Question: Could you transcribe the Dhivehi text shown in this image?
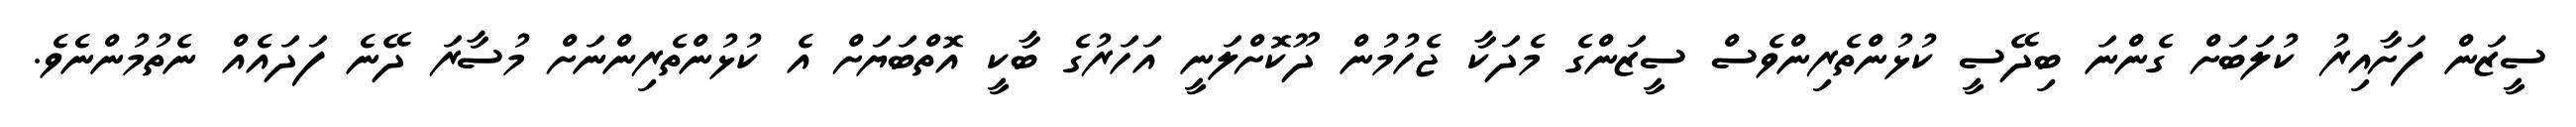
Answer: ސީޒަން ފަށާއިރު ކުލަބަށް ގެންނަ ބިދޭސީ ކުޅުންތެރިންވެސް ސީޒަންގެ މެދަކާ ޖެހުމުން ދޫކޮށްލަނީ އަހަރުގެ ބާކީ އޮތްބަޔަށް އެ ކުޅުންތެރިންނަށް މުސާރަ ދޭނެ ފަދައެއް ނެތުމުންނެވެ.